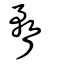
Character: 瞀